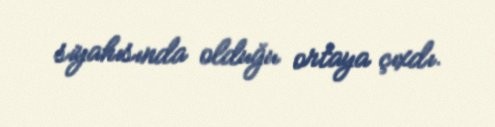
siyahısında olduğu ortaya çıxdı.